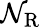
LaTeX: \mathcal{N}_{\mathrm{{R}}}